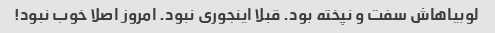
لوبیاهاش سفت و نپخته بود. قبلا اینجوری نبود‌. امروز اصلا خوب نبود!